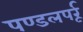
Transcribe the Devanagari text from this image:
पण्डलपर्रू